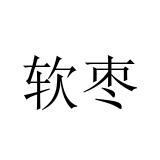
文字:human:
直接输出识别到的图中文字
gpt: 软枣